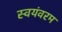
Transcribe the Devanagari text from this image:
स्वयंवरम